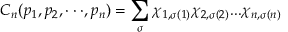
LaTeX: C _ { n } ( p _ { 1 } , p _ { 2 } , \cdot \cdot \cdot , p _ { n } ) = \sum _ { \sigma } \chi _ { 1 , \sigma ( 1 ) } \chi _ { 2 , \sigma ( 2 ) } . . . \chi _ { n , \sigma ( n ) }